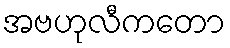
အဗဟုလီကတော